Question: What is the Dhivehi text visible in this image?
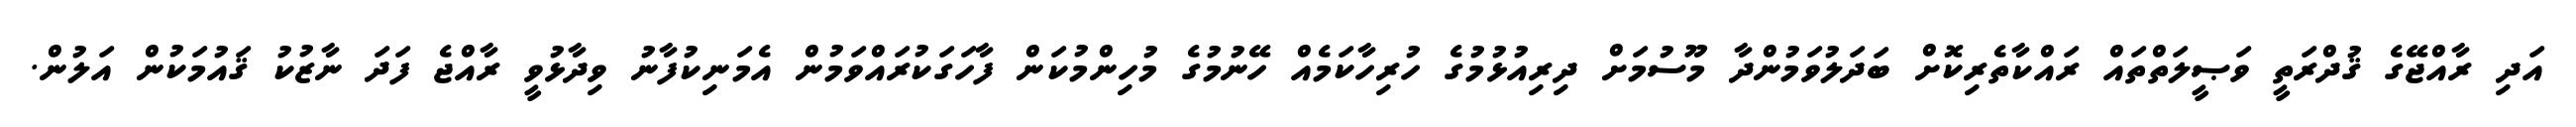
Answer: އަދި ރާއްޖޭގެ ޤުދްރަތީ ވަޞީލަތްތައް ރައްކާތެރިކޮށް ބަދަލުވަމުންދާ މޫސުމަށް ދިރިއުޅުމުގެ ހުރިހާކަމެއް ހޭނުމުގެ މުހިންމުކަން ފާހަގަކުރައްވަމުން އެމަނިކުފާނު ވިދާޅުވީ ރާއްޖެ ފަދަ ނާޒުކު ޤައުމަކުން އަލުން.